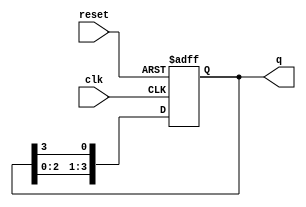
module johnson_counter (
    input clk,
    input reset,
    output reg [3:0] q
);

always @ (posedge clk or posedge reset)
begin
    if (reset)
        q <= 4'b0001;
    else
        q <= {q[2:0], q[3]};
end

endmodule